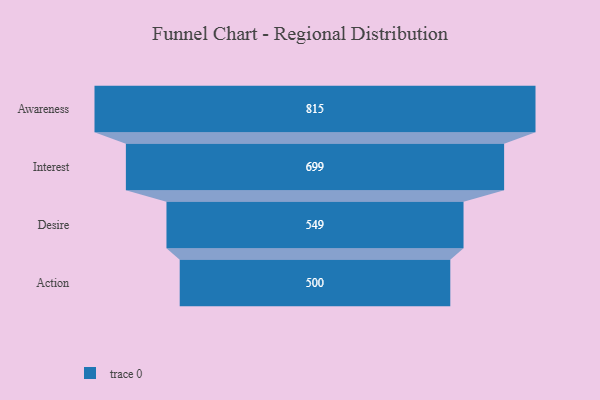
{"axis": {"x": "Stage", "y": "Value"}, "legend": [""], "data": [{"x": "Awareness", "y": 815.0, "type": ""}, {"x": "Interest", "y": 699.0, "type": ""}, {"x": "Desire", "y": 549.0, "type": ""}, {"x": "Action", "y": 500, "type": ""}]}